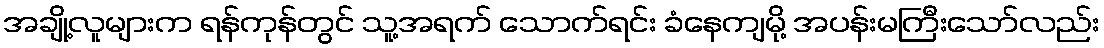
အချို့လူများက ရန်ကုန်တွင် သူ့အရက် သောက်ရင်း ခံနေကျမို့ အပန်းမကြီးသော်လည်း